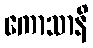
ကောသာနိ